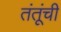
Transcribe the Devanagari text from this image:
तंतूंची